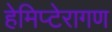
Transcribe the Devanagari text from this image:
हेमिप्टेरागण